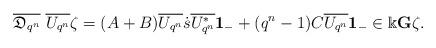
LaTeX: \begin{align*}\overline{\mathfrak{D}_{q^n}}\ \overline{U_{q^n}}\zeta= (A+B)\overline{U_{q^n}} \dot{s} \overline{U^*_{q^n}}{\bf 1}_{-} + (q^n-1)C \overline{U_{q^n}}{\bf 1}_{-} \in \Bbbk {\bf G}\zeta.\end{align*}